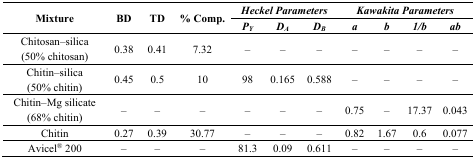
<table><thead><tr><td rowspan="2"><b>Mixture</b></td><td rowspan="2"><b>BD</b></td><td rowspan="2"><b>TD</b></td><td rowspan="2"><b>% Comp.</b></td><td colspan="3"><b><i>Heckel Parameters</i></b></td><td colspan="4"><b><i>Kawakita Parameters</i></b></td></tr><tr><td><b><i>P<sub>Y</sub></i></b></td><td><b><i>D<sub>A</sub></i></b></td><td><b><i>D<sub>B</sub></i></b></td><td><b><i>a</i></b></td><td><b><i>b</i></b></td><td><b><i>1/b</i></b></td><td><b><i>ab</i></b></td></tr></thead><tbody><tr><td>Chitosan–silica (50% chitosan)</td><td>0.38</td><td>0.41</td><td>7.32</td><td>–</td><td>–</td><td>–</td><td>–</td><td>–</td><td>–</td><td>–</td></tr><tr><td>Chitin–silica (50% chitin)</td><td>0.45</td><td>0.5</td><td>10</td><td>98</td><td>0.165</td><td>0.588</td><td>–</td><td>–</td><td>–</td><td>–</td></tr><tr><td>Chitin–Mg silicate (68% chitin)</td><td>–</td><td>–</td><td>–</td><td>–</td><td>–</td><td>–</td><td>0.75</td><td>–</td><td>17.37</td><td>0.043</td></tr><tr><td>Chitin</td><td>0.27</td><td>0.39</td><td>30.77</td><td>–</td><td>–</td><td>–</td><td>0.82</td><td>1.67</td><td>0.6</td><td>0.077</td></tr><tr><td>Avicel<sup>®</sup> 200</td><td>–</td><td>–</td><td>–</td><td>81.3</td><td>0.09</td><td>0.611</td><td>–</td><td>–</td><td>–</td><td>–</td></tr></tbody></table>